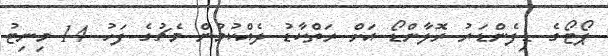
ޕޯޓޯގެ ޑިފެންޑަރު ރޮލާންޑޯ އަށް ރަތްކާޑު ދެއްކުމުން މެޗުގެ ފަހު 14 މިނިޓު